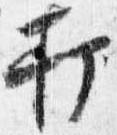
打